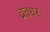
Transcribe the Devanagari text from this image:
व्रतधरः